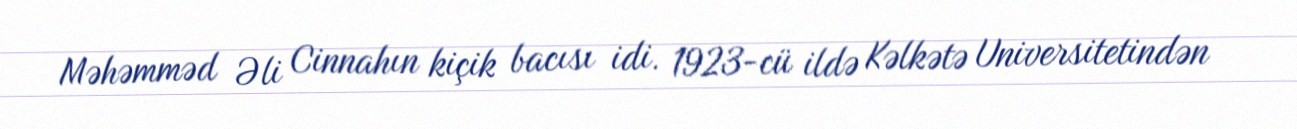
Məhəmməd Əli Cinnahın kiçik bacısı idi. 1923-cü ildə Kəlkətə Universitetindən